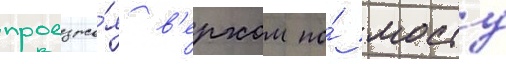
проезжа́я в'ерхом по́ мосту